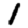
Digit: 1